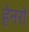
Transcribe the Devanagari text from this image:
हेनरो